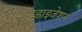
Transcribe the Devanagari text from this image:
इनडाइजेशन